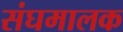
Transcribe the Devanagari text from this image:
संघमालक